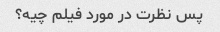
پس نظرت در مورد فیلم چیه؟